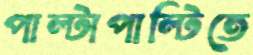
পাল্টাপাল্টিতে